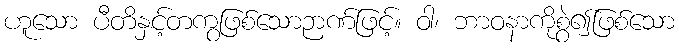
ဟူသော ပီတိနှင့်တကွဖြစ်သောဉာဏ်ဖြင့်။ ဝါ၊ ဘာဝနာကိုစွဲ၍ဖြစ်သော